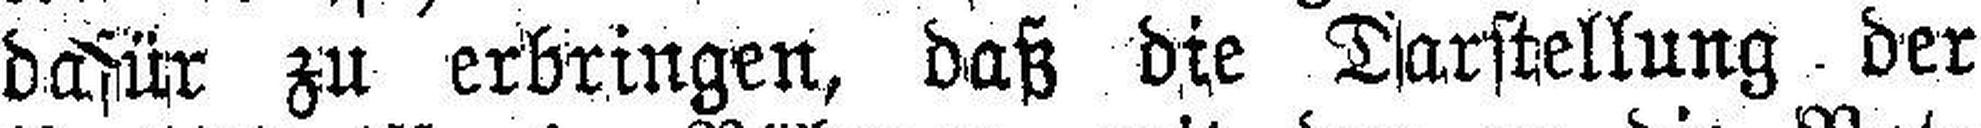
dafür zu erbringen, daß die Darstellung der